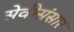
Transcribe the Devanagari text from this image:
सेवीसंसार